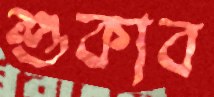
শুকাব